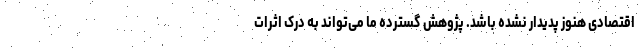
اقتصادی هنوز پدیدار نشده باشد. پژوهش گسترده‌ ما می‌تواند به درک اثرات